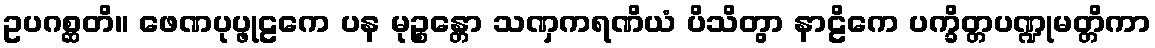
ဥပဂစ္ဆတိ။ ဖေဏပုပ္ဖုဠကေ ပန မုဉ္စန္တော သဏှကရဏိယံ ပိသိတွာ နာဠိကေ ပက္ခိတ္တပဏ္ဍုမတ္တိကာ